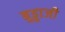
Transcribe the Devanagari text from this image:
बुड्डाजी